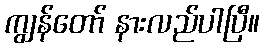
ကျွန်တော် နားလည်ပါပြီ။